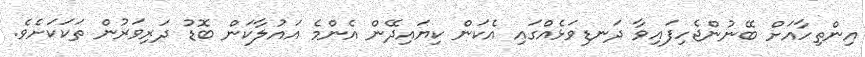
އިންތިހާއަށް ބޭނުންޖެހިފައިވާ ދަނޑިވަޅެއްގައި އެކަން ކިޔައިދޭން އެންމެ އައުލާކަން ބޮޑު ދަރިވަރުން ތަކަކަށެވެ.